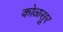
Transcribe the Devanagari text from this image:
कोळसूर